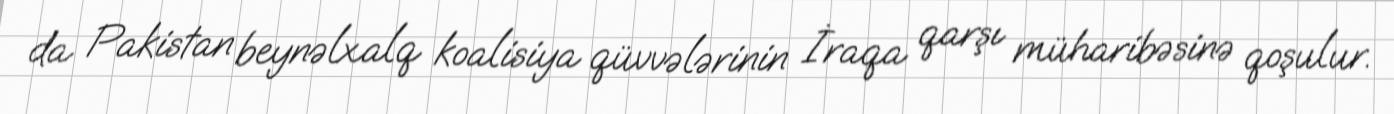
da Pakistan beynəlxalq koalisiya qüvvələrinin İraqa qarşı müharibəsinə qoşulur.